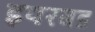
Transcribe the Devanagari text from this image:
इयरबड